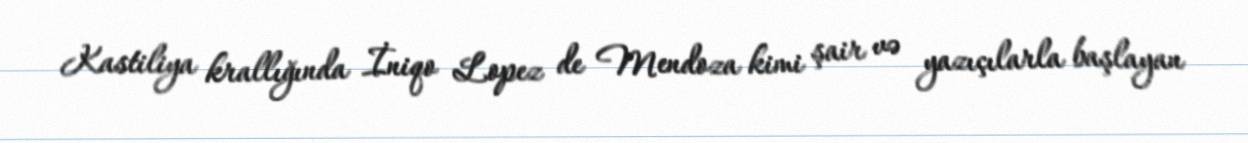
Kastiliya krallığında İniqo Lopez de Mendoza kimi şair və yazıçılarla başlayan